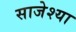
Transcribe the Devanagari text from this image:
साजेश्या